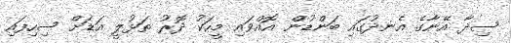
ސިދާ އޭނާގެ އެނދުގައި ބަންޑުން އޮއްވައި މީހަކު ދޮރު ތަޅުލީ އަޑަށް ސިހިފައި